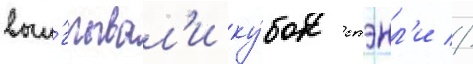
выи́грывал'и ку́бок стэнл'и //